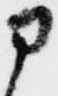
申